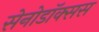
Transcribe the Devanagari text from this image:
सेनोडॉक्सस